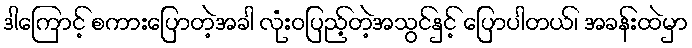
ဒါကြောင့် စကားပြောတဲ့အခါ လုံးဝပြည့်တဲ့အသွင်နှင့် ပြောပါတယ်၊ အခန်းထဲမှာ